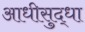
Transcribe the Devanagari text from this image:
आधीसुद्धा